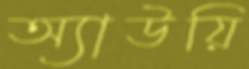
অ্যাউয়ি